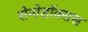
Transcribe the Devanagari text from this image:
सेनोडॉक्सस